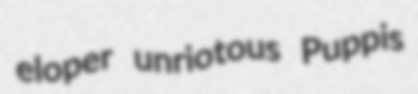
eloper unriotous Puppis